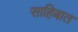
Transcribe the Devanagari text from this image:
साहिबात